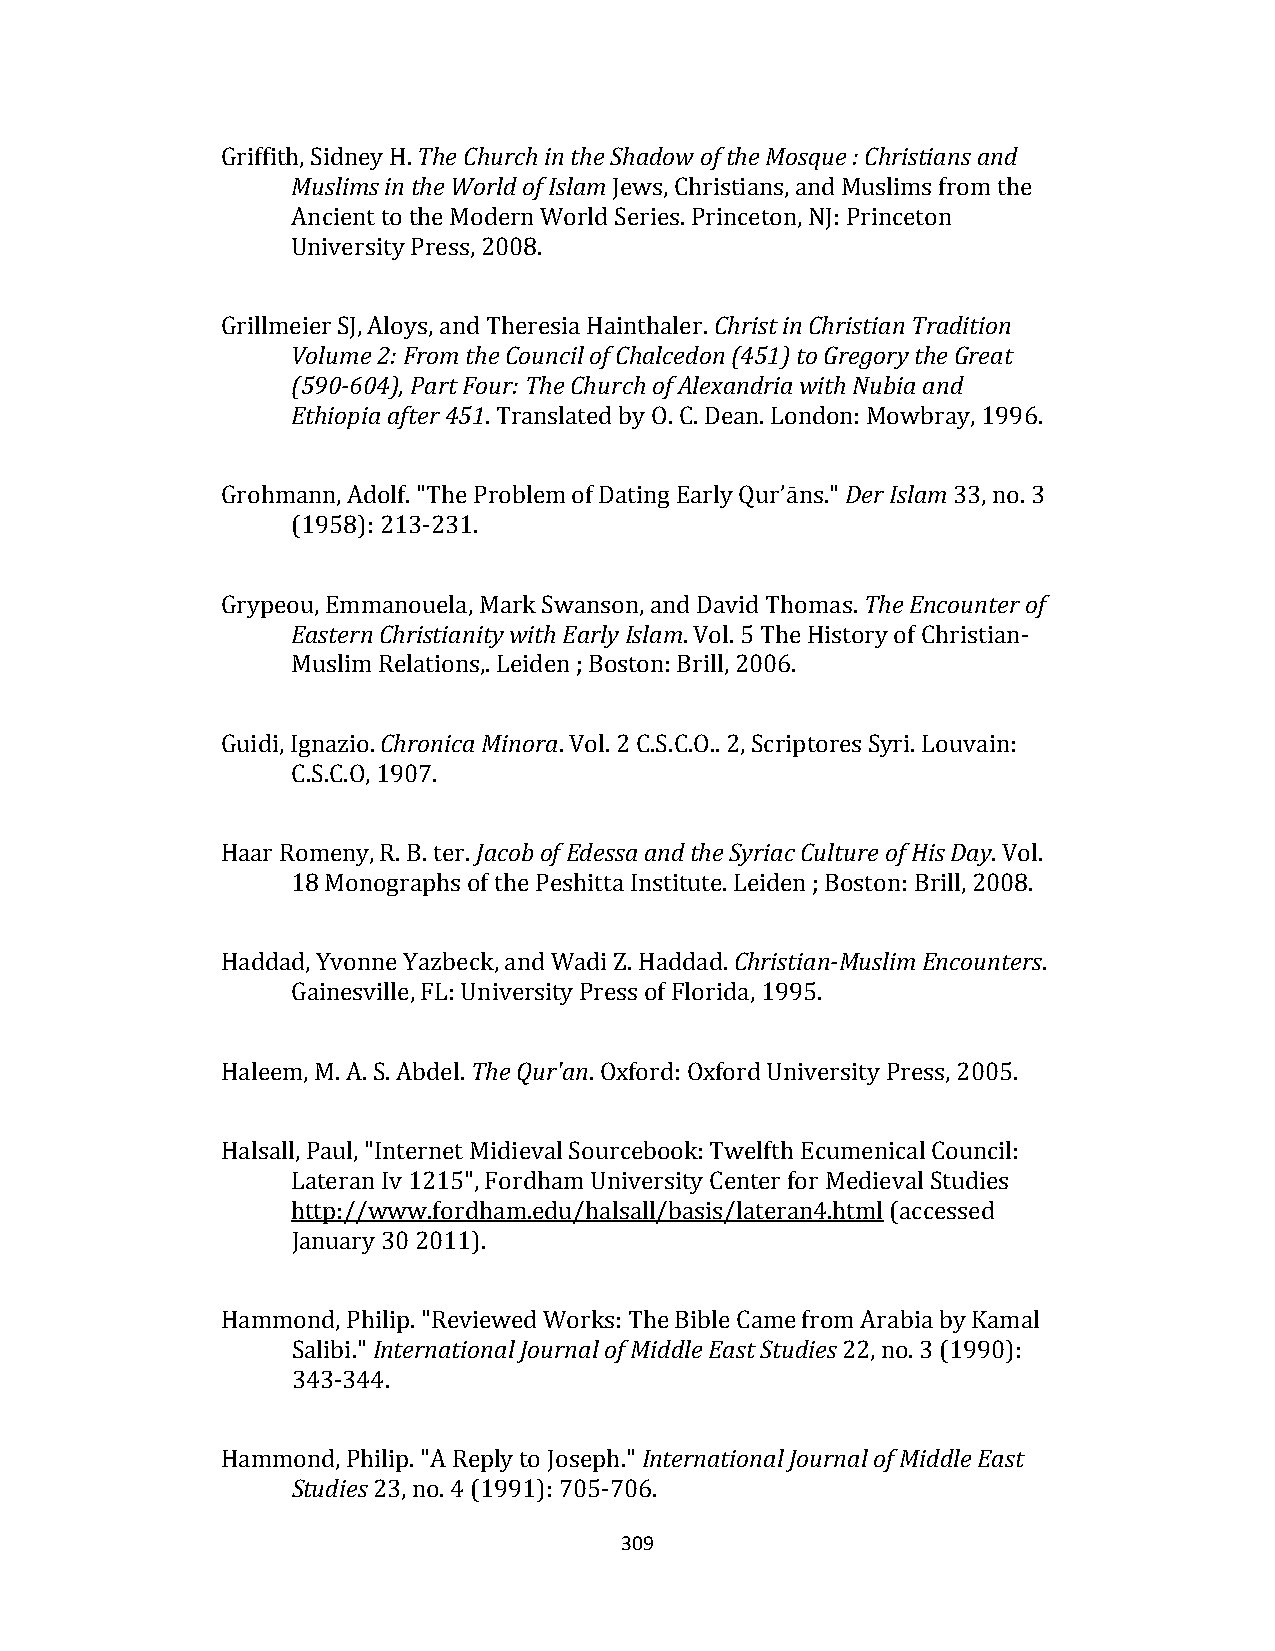
Griffith, Sidney H. The Church in the Shadow of the Mosque : Christians and
 Muslims in the World of Islam Jews, Christians, and Muslims from the
 Ancient to the Modern World Series. Princeton, NJ: Princeton
 University Press, 2008.
 Grillmeier SJ, Aloys, and Theresia Hainthaler. Christ in Christian Tradition
 Volume 2: From the Council of Chalcedon (451) to Gregory the Great
 (590‐604), Part Four: The Church of Alexandria with Nubia and
 Ethiopia after 451. Translated by O. C. Dean. London: Mowbray, 1996.
 Grohmann, Adolf. "The Problem of Dating Early Qur’āns." Der Islam 33, no. 3
 (1958): 213‐231.
 Grypeou, Emmanouela, Mark Swanson, and David Thomas. The Encounter of
 Eastern Christianity with Early Islam. Vol. 5 The History of Christian‐
 Muslim Relations,. Leiden ; Boston: Brill, 2006.
 Guidi, Ignazio. Chronica Minora. Vol. 2 C.S.C.O.. 2, Scriptores Syri. Louvain:
 C.S.C.O, 1907.
 Haar Romeny, R. B. ter. Jacob of Edessa and the Syriac Culture of His Day. Vol.
 18 Monographs of the Peshitta Institute. Leiden ; Boston: Brill, 2008.
 Haddad, Yvonne Yazbeck, and Wadi Z. Haddad. Christian‐Muslim Encounters.
 Gainesville, FL: University Press of Florida, 1995.
 Haleem, M. A. S. Abdel. The Qur'an. Oxford: Oxford University Press, 2005.
 Halsall, Paul, "Internet Midieval Sourcebook: Twelfth Ecumenical Council:
 Lateran Iv 1215", Fordham University Center for Medieval Studies
 http://www.fordham.edu/halsall/basis/lateran4.html (accessed
 January 30 2011).
 Hammond, Philip. "Reviewed Works: The Bible Came from Arabia by Kamal
 Salibi." International Journal of Middle East Studies 22, no. 3 (1990):
 343‐344.
 Hammond, Philip. "A Reply to Joseph." International Journal of Middle East
 Studies 23, no. 4 (1991): 705‐706.
 309